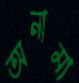
অনামা